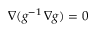
\nabla ( g ^ { - 1 } \, \nabla g ) = 0